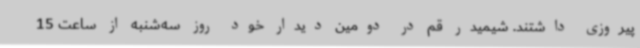
پیروزی داشتند. شیمیدر قم در دومین دیدار خود روز سه‌شنبه از ساعت 15